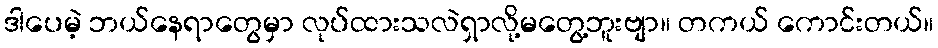
ဒါပေမဲ့ ဘယ်နေရာတွေမှာ လုပ်ထားသလဲရှာလို့မတွေ့ဘူးဗျာ။ တကယ် ကောင်းတယ်။